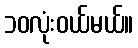
၁၀လုံးဝယ်မယ်။